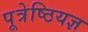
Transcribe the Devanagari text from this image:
पूत्रेष्ठियज्ञ